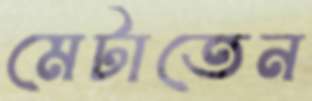
মেটাতেন